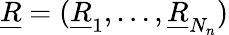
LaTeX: \underline{{R}}=(\underline{{R}}_{1},\dots,\underline{{R}}_{N_{n}})